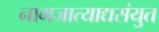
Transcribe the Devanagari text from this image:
नामजात्याद्यसंयुत